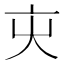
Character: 㐪